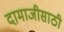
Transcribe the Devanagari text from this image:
दामाजीसाठी